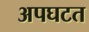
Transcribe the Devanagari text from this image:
अपघटत